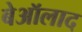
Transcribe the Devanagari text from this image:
बेऑलाद